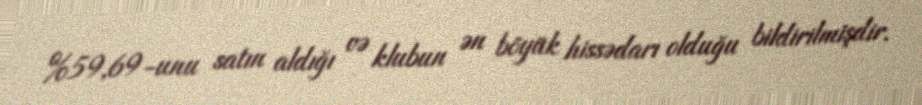
%59,69-unu satın aldığı və klubun ən böyük hissədarı olduğu bildirilmişdir.